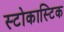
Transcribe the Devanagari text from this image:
स्टोकास्टिक